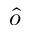
\hat { o }